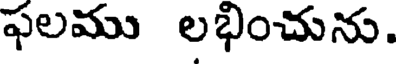
ఫలము లభించును.